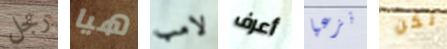
رجل هيا لامب أعرف نزعها لكن